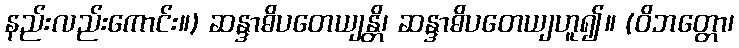
နည်းလည်းကောင်း။) ဆန္ဒာဓိပတေယျန္တိ၊ ဆန္ဒာဓိပတေယျဟူ၍။ (ဝိဘတ္တော၊